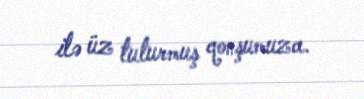
ilə üz tuturmuş qonşumuza.